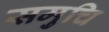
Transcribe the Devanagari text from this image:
समुचि